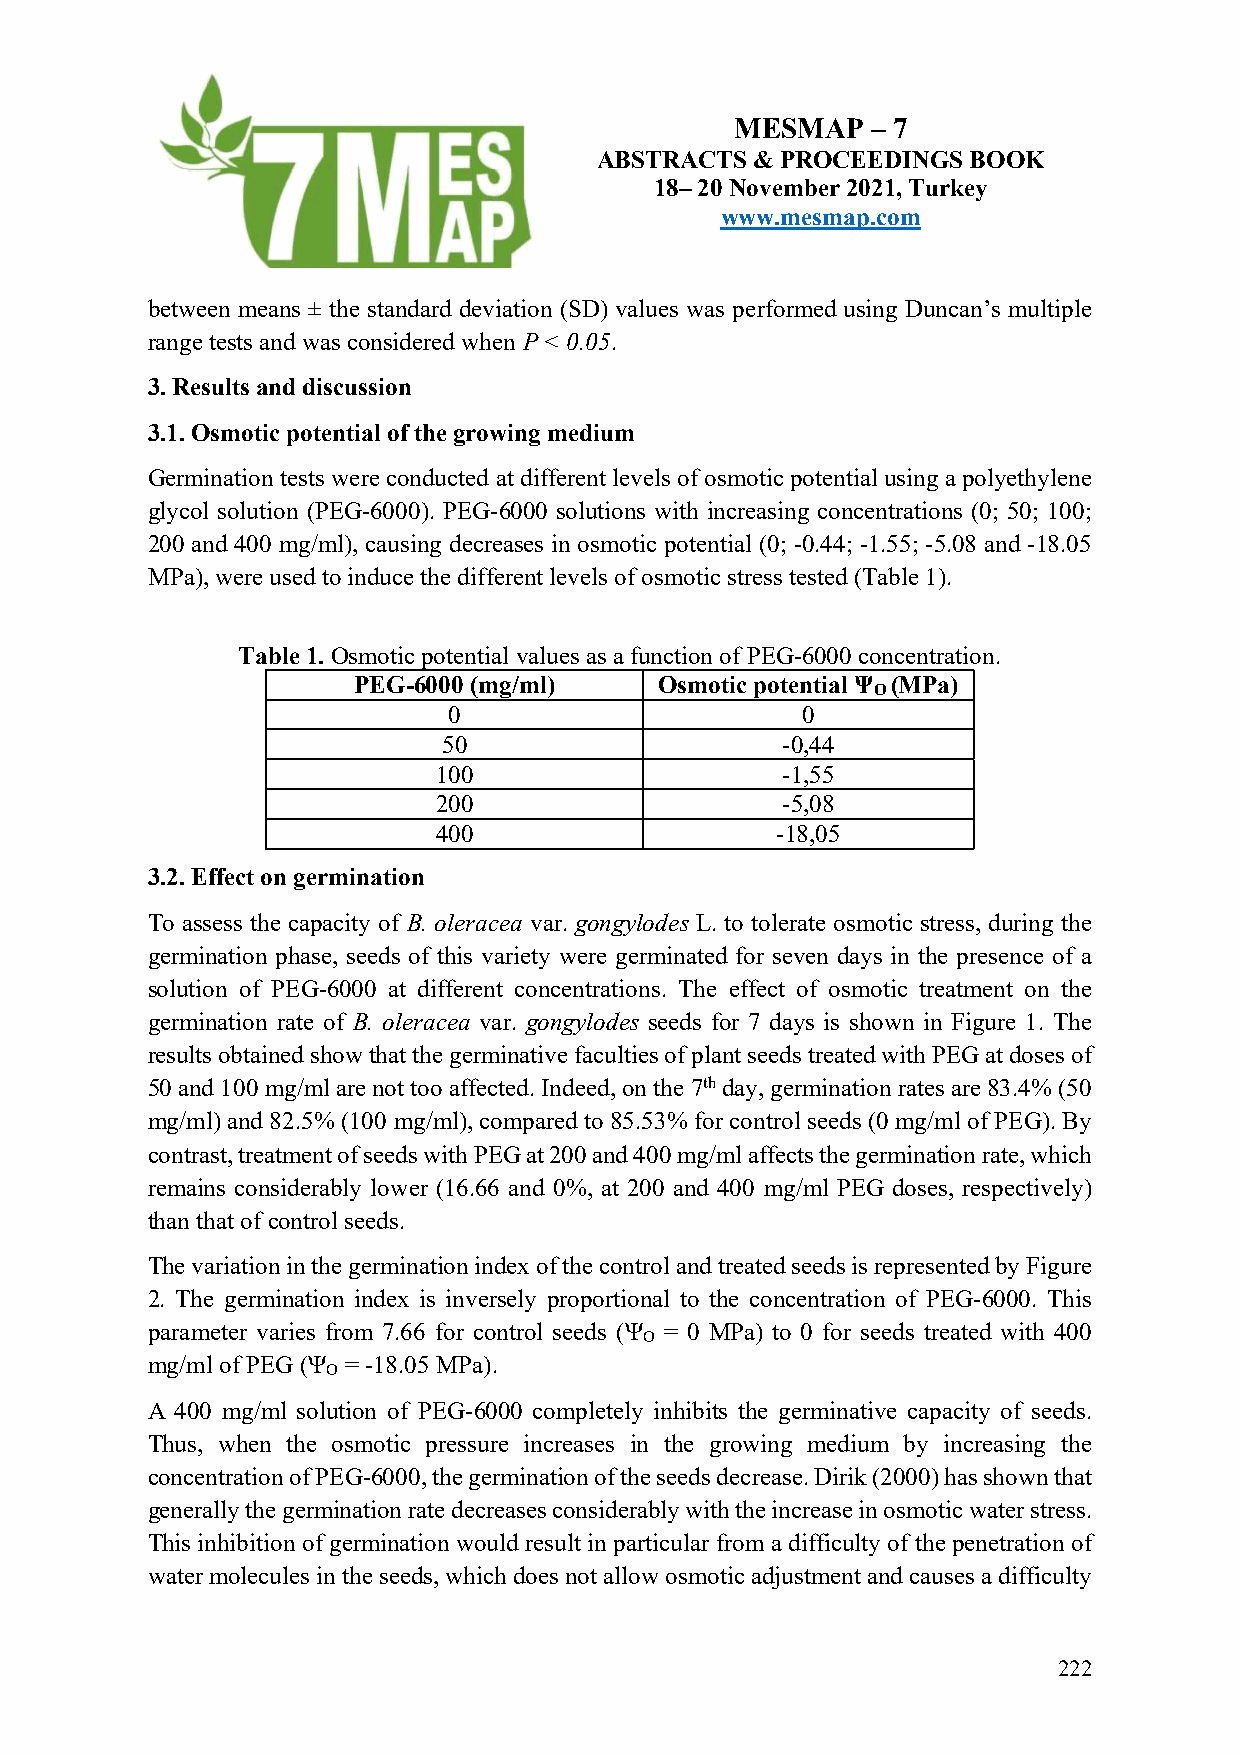
MESMAP   – 7
 ABSTRACTS  & PROCEEDINGS BOOK
 18– 20 November 2021, Turkey
 www.mesmap.com
 between means ± the standard deviation (SD) values was performed using Duncan’s multiple
 range tests and was considered when P < 0.05.
 3. Results and discussion
 3.1. Osmotic potential of the growing medium
 Germination tests were conducted at different levels of osmotic potential using a polyethylene
 glycol solution (PEG-6000). PEG-6000 solutions with increasing concentrations (0; 50; 100;
 200 and 400 mg/ml), causing decreases in osmotic potential (0; -0.44; -1.55; -5.08 and -18.05
 MPa), were used to induce the different levels of osmotic stress tested (Table 1).
 Table 1. Osmotic potential values as a function of PEG-6000 concentration.
 PEG-6000 (mg/ml)     Osmotic potential Ψ (MPa)
 O
 0                      0
 50                     -0,44
 100                    -1,55
 200                    -5,08
 400                   -18,05
 3.2. Effect on germination
 To assess the capacity of B. oleracea var. gongylodes L. to tolerate osmotic stress, during the
 germination phase, seeds of this variety were germinated for seven days in the presence of a
 solution of PEG-6000 at different concentrations. The effect of osmotic treatment on the
 germination rate of B. oleracea var. gongylodes seeds for 7 days is shown in Figure 1. The
 results obtained show that the germinative faculties of plant seeds treated with PEG at doses of
 50 and 100 mg/ml are not too affected. Indeed, on the 7th day, germination rates are 83.4% (50
 mg/ml) and 82.5% (100 mg/ml), compared to 85.53% for control seeds (0 mg/ml of PEG). By
 contrast, treatment of seeds with PEG at 200 and 400 mg/ml affects the germination rate, which
 remains considerably lower (16.66 and 0%, at 200 and 400 mg/ml PEG doses, respectively)
 than that of control seeds.
 The variation in the germination index of the control and treated seeds is represented by Figure
 2. The germination index is inversely proportional to the concentration of PEG-6000. This
 parameter varies from 7.66 for control seeds (Ψ = 0 MPa) to 0 for seeds treated with 400
 O
 mg/ml of PEG (Ψ = -18.05 MPa).
 O
 A 400 mg/ml solution of PEG-6000 completely inhibits the germinative capacity of seeds.
 Thus, when the osmotic pressure increases in the growing medium by increasing the
 concentration of PEG-6000, the germination of the seeds decrease. Dirik (2000) has shown that
 generally the germination rate decreases considerably with the increase in osmotic water stress.
 This inhibition of germination would result in particular from a difficulty of the penetration of
 water molecules in the seeds, which does not allow osmotic adjustment and causes a difficulty
 222